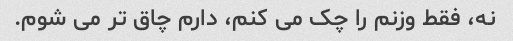
نه، فقط وزنم را چک می کنم، دارم چاق تر می شوم.